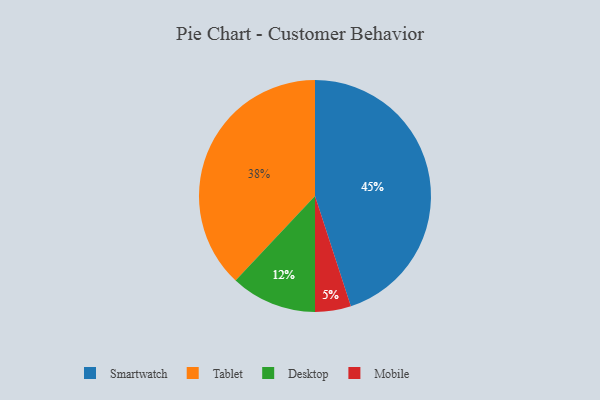
{"axis": {"x": "Category", "y": "Percentage"}, "legend": ["Desktop", "Mobile", "Smartwatch", "Tablet"], "data": [{"x": "Smartwatch", "y": 45, "type": "Smartwatch"}, {"x": "Mobile", "y": 5, "type": "Mobile"}, {"x": "Desktop", "y": 12, "type": "Desktop"}, {"x": "Tablet", "y": 38, "type": "Tablet"}]}